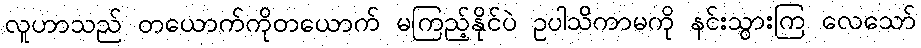
လူဟာသည် တယောက်ကိုတယောက် မကြည့်နိုင်ပဲ ဥပါသိကာမကို နင်းသွားကြ လေသော်